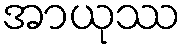
အာယုဿ